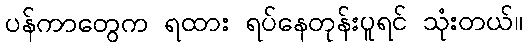
ပန်ကာတွေက ရထား ရပ်နေတုန်းပူရင် သုံးတယ်။